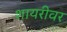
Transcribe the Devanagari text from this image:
शायरीवर